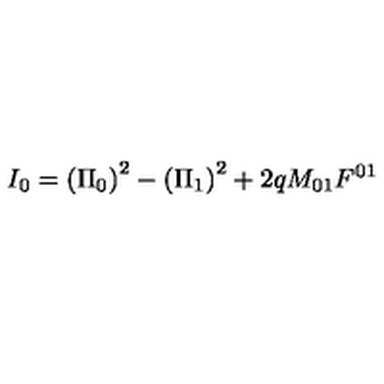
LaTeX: I _ { 0 } = \left( \Pi _ { 0 } \right) ^ { 2 } - \left( \Pi _ { 1 } \right) ^ { 2 } + 2 q M _ { 0 1 } F ^ { 0 1 }